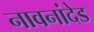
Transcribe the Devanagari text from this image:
नावनांदेड